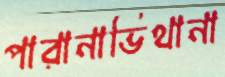
পারানাভিথানা